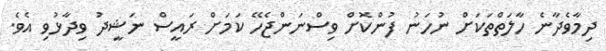
ދިމާވެދާނެ ހާލަތްތަކަށް ނުހަނު ފުންކޮށް ވިސްނަންޖެހޭ ކަމަށް ރައީސް ނަޝީދު ވިދާޅުވި އެވެ.